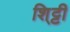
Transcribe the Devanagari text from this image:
शि्ट्टी